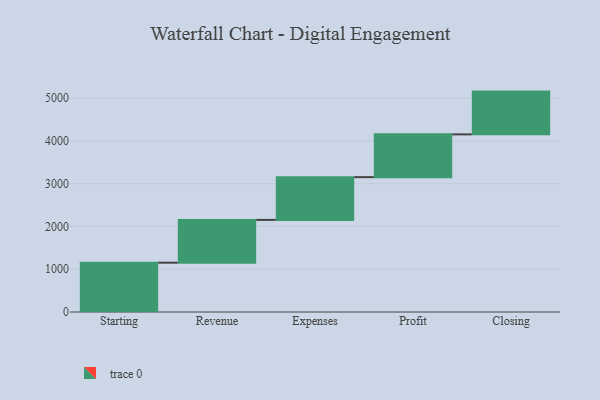
{"axis": {"x": "Step", "y": "Value"}, "legend": [""], "data": [{"x": "Starting", "y": 1153.0, "type": ""}, {"x": "Revenue", "y": 1000, "type": ""}, {"x": "Expenses", "y": 1000, "type": ""}, {"x": "Profit", "y": 1000, "type": ""}, {"x": "Closing", "y": 1000, "type": ""}]}